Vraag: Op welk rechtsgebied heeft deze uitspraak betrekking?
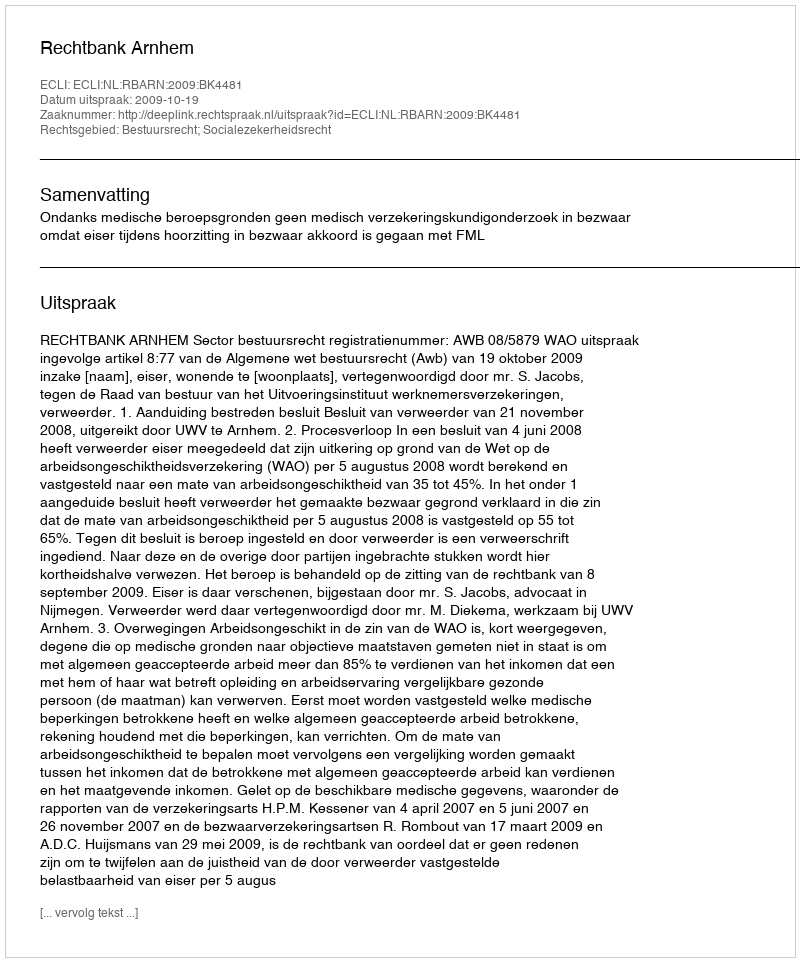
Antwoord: Bestuursrecht; Socialezekerheidsrecht